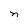
Character: n